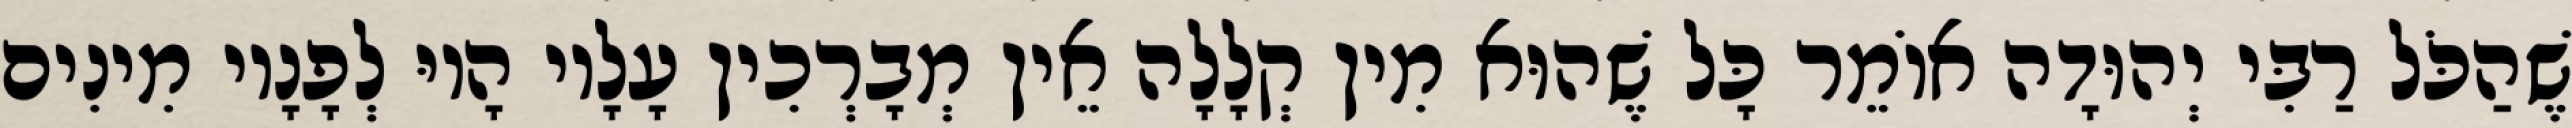
שֶׁהַכֹּל רַבִּי יְהוּדָה אוֹמֵר כָּל שֶׁהוּא מִין קְלָלָה אֵין מְבָרְכִין עָלָיו הָיוּ לְפָנָיו מִינִים